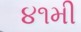
૪૧મી